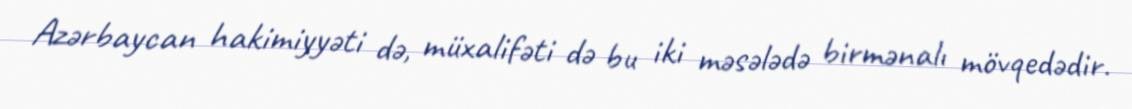
Azərbaycan hakimiyyəti də, müxalifəti də bu iki məsələdə birmənalı mövqedədir.